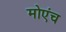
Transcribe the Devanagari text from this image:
मोएंच